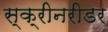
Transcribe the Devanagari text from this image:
स्क्रीनरीडर